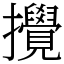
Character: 攪